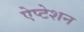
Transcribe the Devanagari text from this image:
ऐप्टेशन